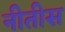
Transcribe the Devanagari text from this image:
नीतीस